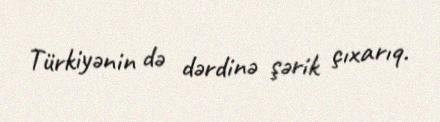
Türkiyənin də dərdinə şərik çıxarıq.